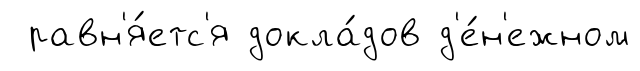
равн'я́етс'я докла́дов д'е́н'ежном